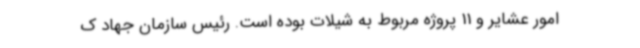
امور عشایر و 11 پروژه مربوط به شیلات بوده است. رئیس سازمان جهاد ک